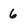
Character: 6